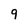
Character: 9